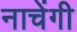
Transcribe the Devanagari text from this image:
नाचेंगी